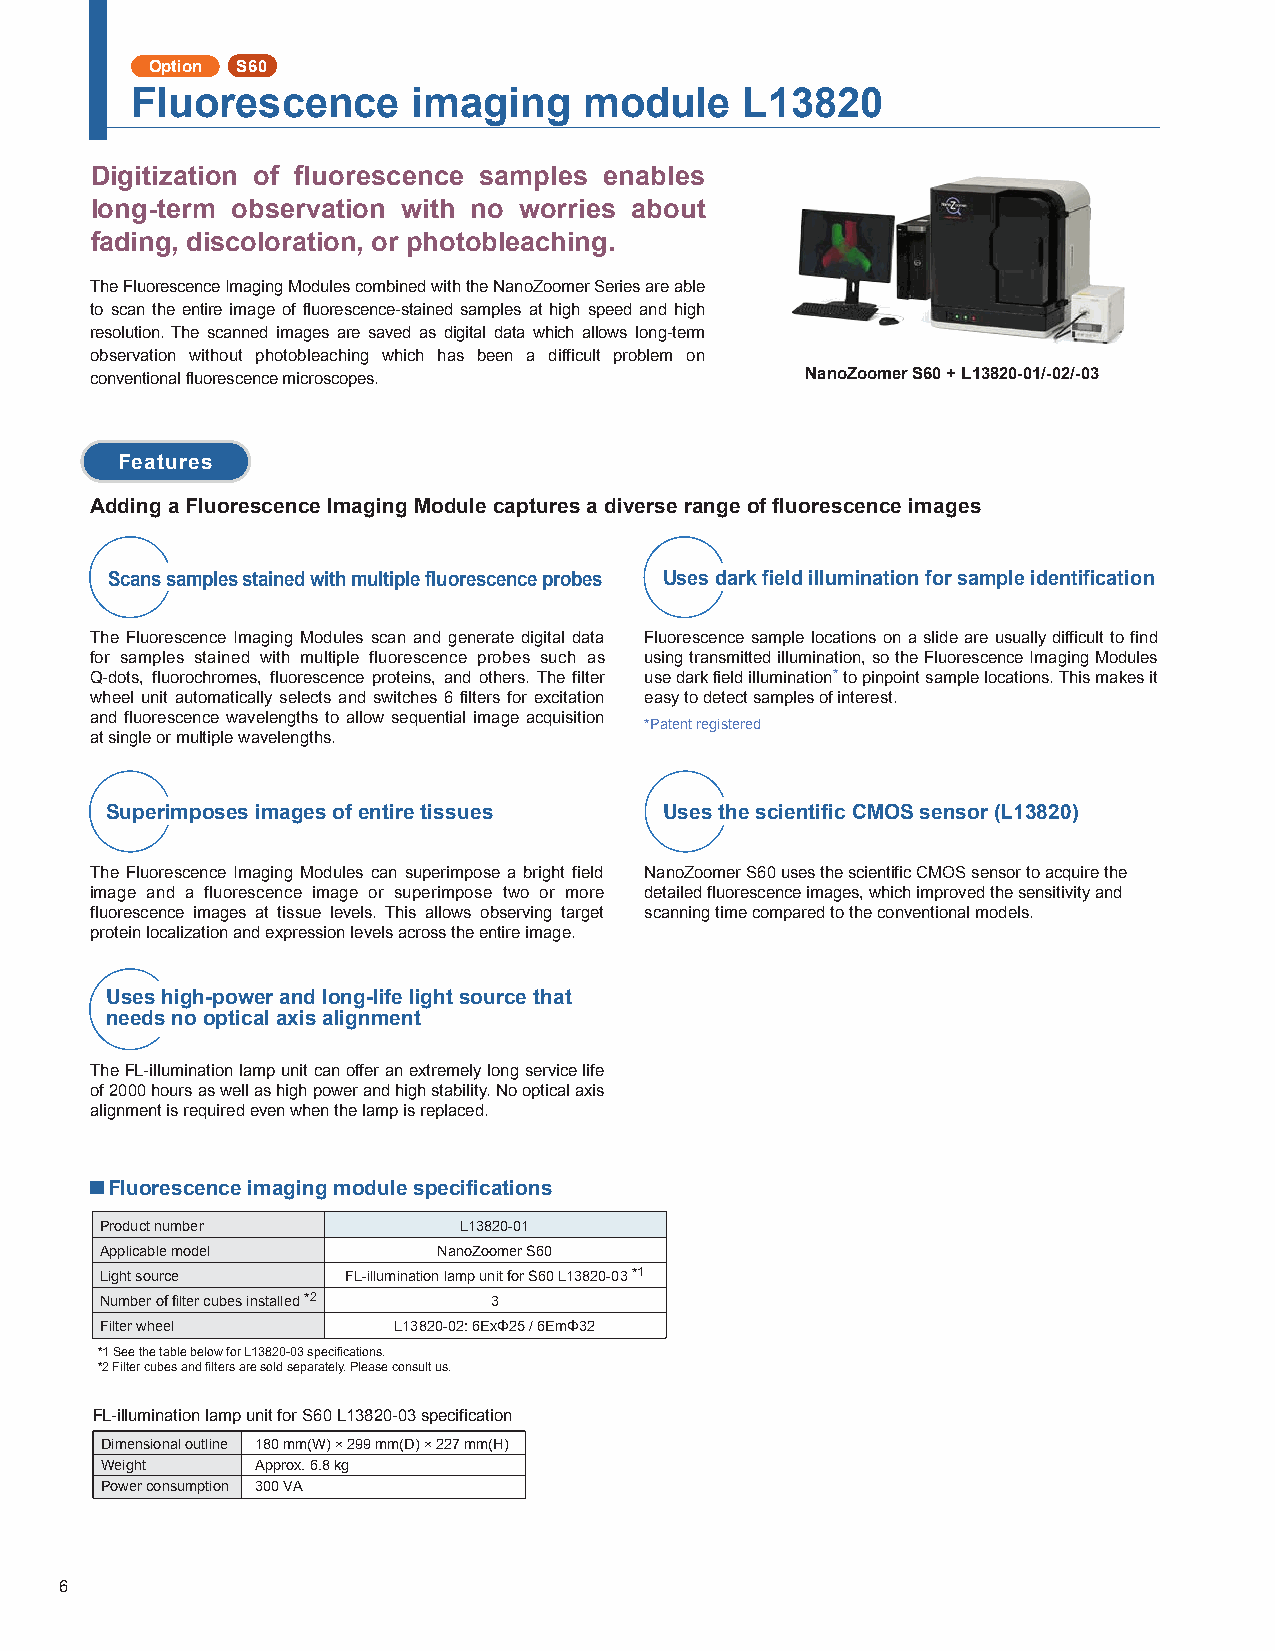
Option S60
 Fluorescence      imaging     module    L13820
 Digitization of fluorescence samples enables
 long-term observation with no worries about
 fading, discoloration, or photobleaching.
 The Fluorescence Imaging Modules combined with the NanoZoomer Series are able
 to scan the entire image of fluorescence-stained samples at high speed and high
 resolution. The scanned images are saved as digital data which allows long-term
 observation without photobleaching which has been a difficult problem on
 conventional fluorescence microscopes.         NanoZoomer S60 + L13820-01/-02/-03
 Features
 Adding a Fluorescence Imaging Module captures a diverse range of fluorescence images
 Scans samples stained with multiple fluorescence probes Uses dark field illumination for sample identification
 The Fluorescence Imaging Modules scan and generate digital data Fluorescence sample locations on a slide are usually difficult to find
 for samples stained with multiple fluorescence probes such as using transmitted illumination, so the Fluorescence Imaging Modules
 Q-dots, fluorochromes, fluorescence proteins, and others. The filter use dark field illumination* to pinpoint sample locations. This makes it
 wheel unit automatically selects and switches 6 filters for excitation easy to detect samples of interest.
 and fluorescence wavelengths to allow sequential image acquisition
 *Patent registered
 at single or multiple wavelengths.
 Superimposes images of entire tissues Uses the scientific CMOS sensor (L13820)
 The Fluorescence Imaging Modules can superimpose a bright field NanoZoomer S60 uses the scientific CMOS sensor to acquire the
 image and a fluorescence image or superimpose two or more detailed fluorescence images, which improved the sensitivity and
 fluorescence images at tissue levels. This allows observing target scanning time compared to the conventional models.
 protein localization and expression levels across the entire image.
 Uses high-power and long-life light source that
 needs no optical axis alignment
 The FL-illumination lamp unit can offer an extremely long service life
 of 2000 hours as well as high power and high stability. No optical axis
 alignment is required even when the lamp is replaced.
 ■
 Fluorescence imaging module specifications
 Product number         L13820-01
 Applicable model      NanoZoomer S60
 Light source    FL-illumination lamp unit for S60 L13820-03 *1
 Number of filter cubes installed *2 3
 Filter wheel       L13820-02: 6ExΦ25 / 6EmΦ32
 *1 See the table below for L13820-03 specifications.
 *2 Filter cubes and filters are sold separately. Please consult us.
 FL-illumination lamp unit for S60 L13820-03 specification
 Dimensional outline 180 mm(W) × 299 mm(D) × 227 mm(H)
 Weight    Approx. 6.8 kg
 Power consumption 300 VA
 6